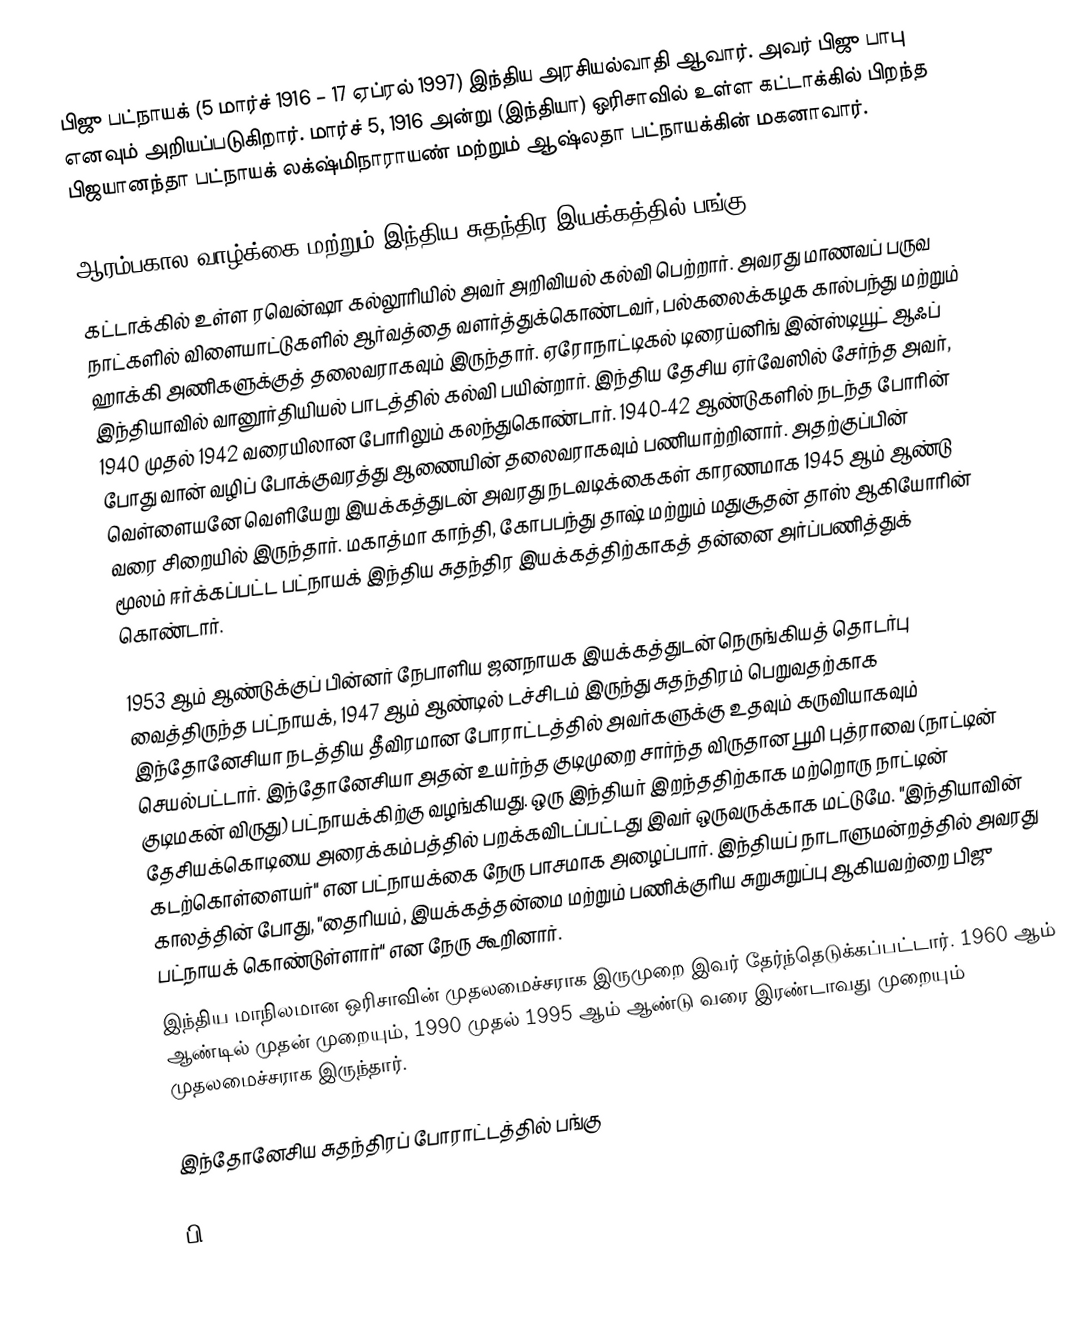
பிஜு பட்நாயக் (5 மார்ச் 1916 – 17 ஏப்ரல் 1997) இந்திய அரசியல்வாதி ஆவார். அவர் பிஜு பாபு எனவும் அறியப்படுகிறார். மார்ச் 5, 1916 அன்று (இந்தியா) ஒரிசாவில் உள்ள கட்டாக்கில் பிறந்த பிஜயானந்தா பட்நாயக்  லக்‌ஷ்மிநாராயண் மற்றும் ஆஷ்லதா பட்நாயக்கின் மகனாவார்.

ஆரம்பகால வாழ்க்கை மற்றும் இந்திய சுதந்திர இயக்கத்தில் பங்கு
கட்டாக்கில் உள்ள ரவென்ஷா கல்லூரியில் அவர் அறிவியல் கல்வி பெற்றார். அவரது மாணவப் பருவ நாட்களில் விளையாட்டுகளில் ஆர்வத்தை வளர்த்துக்கொண்டவர், பல்கலைக்கழக கால்பந்து மற்றும் ஹாக்கி அணிகளுக்குத் தலைவராகவும் இருந்தார். ஏரோநாட்டிகல் டிரைய்னிங் இன்ஸ்டியூட் ஆஃப் இந்தியாவில் வானூர்தியியல் பாடத்தில் கல்வி பயின்றார். இந்திய தேசிய ஏர்வேஸில் சேர்ந்த அவர், 1940 முதல் 1942 வரையிலான போரிலும் கலந்துகொண்டார். 1940-42 ஆண்டுகளில் நடந்த போரின் போது வான் வழிப் போக்குவரத்து ஆணையின் தலைவராகவும் பணியாற்றினார். அதற்குப்பின் வெள்ளையனே வெளியேறு இயக்கத்துடன் அவரது நடவடிக்கைகள் காரணமாக 1945 ஆம் ஆண்டு வரை சிறையில் இருந்தார். மகாத்மா காந்தி, கோபபந்து தாஷ் மற்றும் மதுசூதன் தாஸ் ஆகியோரின் மூலம் ஈர்க்கப்பட்ட பட்நாயக் இந்திய சுதந்திர இயக்கத்திற்காகத் தன்னை அர்ப்பணித்துக் கொண்டார்.

1953 ஆம் ஆண்டுக்குப் பின்னர் நேபாளிய ஜனநாயக இயக்கத்துடன் நெருங்கியத் தொடர்பு வைத்திருந்த பட்நாயக், 1947 ஆம் ஆண்டில் டச்சிடம் இருந்து சுதந்திரம் பெறுவதற்காக இந்தோனேசியா நடத்திய தீவிரமான போராட்டத்தில் அவர்களுக்கு உதவும் கருவியாகவும் செயல்பட்டார். இந்தோனேசியா அதன் உயர்ந்த குடிமுறை சார்ந்த விருதான பூமி புத்ராவை (நாட்டின் குடிமகன் விருது) பட்நாயக்கிற்கு வழங்கியது. ஒரு இந்தியர் இறந்ததிற்காக மற்றொரு நாட்டின் தேசியக்கொடியை அரைக்கம்பத்தில் பறக்கவிடப்பட்டது இவர் ஒருவருக்காக மட்டுமே. "இந்தியாவின் கடற்கொள்ளையர்" என பட்நாயக்கை நேரு பாசமாக அழைப்பார். இந்தியப் நாடாளுமன்றத்தில் அவரது காலத்தின் போது, "தைரியம், இயக்கத்தன்மை மற்றும் பணிக்குரிய சுறுசுறுப்பு ஆகியவற்றை பிஜு பட்நாயக் கொண்டுள்ளார்" என நேரு கூறினார்.
இந்திய மாநிலமான ஒரிசாவின் முதலமைச்சராக இருமுறை இவர் தேர்ந்தெடுக்கப்பட்டார். 1960 ஆம் ஆண்டில் முதன் முறையும், 1990 முதல் 1995 ஆம் ஆண்டு வரை இரண்டாவது முறையும் முதலமைச்சராக இருந்தார்.

இந்தோனேசிய சுதந்திரப் போராட்டத்தில் பங்கு

பி